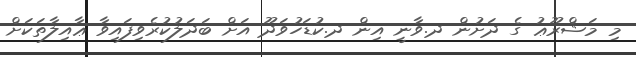
މި މަޝްރޫޢު ގެ ދަށުން ދ.ވާނީ އިން ދ.ކުޑަހުވަދޫ އަށް ބަދަލުކުރެވިފައިވާ ޢާއިލާތަކަށް